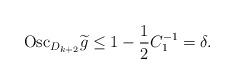
LaTeX: \begin{align*}{\rm Osc}_{D_{k+2}}\widetilde{g}\le 1-\frac12C^{-1}_1=\delta.\end{align*}